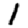
Digit: 1